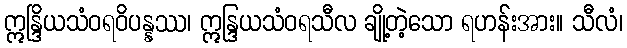
ဣန္ဒြိယသံဝရဝိပန္နဿ၊ ဣန္ဒြယသံဝရသီလ ချို့တဲ့သော ရဟန်းအား။ သီလံ၊